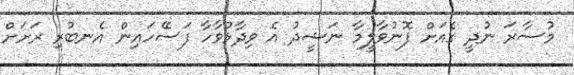
މުސާރަ ނުދީ ގެއަށް ފޮނުވާލީމާ ނަޝީދު އެ ވިދާޅުވާހާ ފަސޭހައިން އެނބުރި ރަށަށް